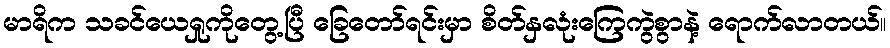
မာရိက သခင်ယေရှုကိုတွေ့ပြီ ခြေတော်ရင်းမှာ စိတ်နှလုံးကြေကွဲစွာနဲ့ ရောက်လာတယ်။